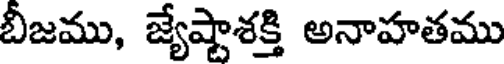
బీజము, జ్యేష్టాశక్తి అనాహతము